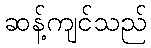
ဆန့်ကျင်သည်